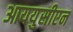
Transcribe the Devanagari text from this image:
आययुसीएन